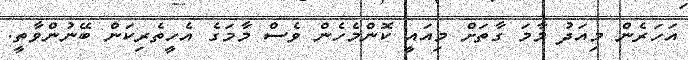
އަހަރެން މިއަދު މާމަ ގާތަށް މިއައީ ކޮންމެހެން ވެސް މާމަގެ އެހީތެރިކަން ބޭނުންވާތީ.